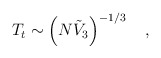
\begin{align*}T_t \sim \left(N{\tilde{V}}_3\right)^{-1/3} \quad ,\end{align*}